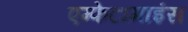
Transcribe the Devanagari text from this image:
एम्फेटामाइंस